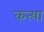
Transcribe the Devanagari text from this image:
कत्या